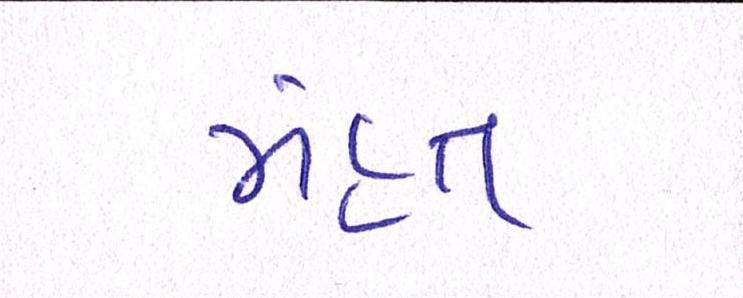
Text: મંહત